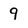
Character: 9